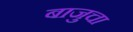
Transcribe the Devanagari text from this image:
बाजुचा